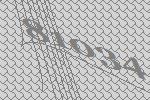
81034